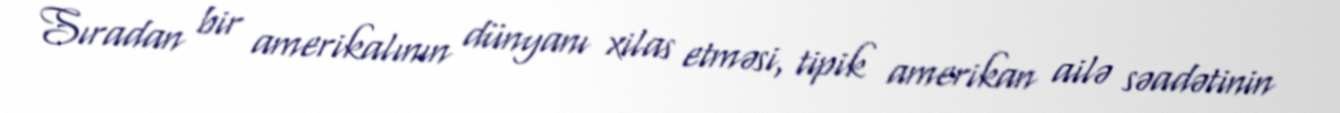
Sıradan bir amerikalının dünyanı xilas etməsi, tipik amerikan ailə səadətinin